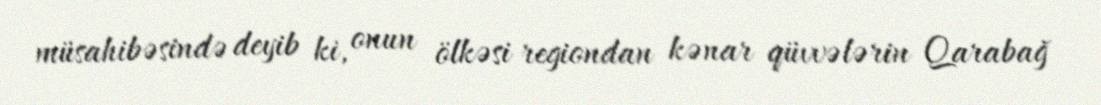
müsahibəsində deyib ki, onun ölkəsi regiondan kənar qüvvələrin Qarabağ